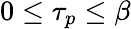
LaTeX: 0\leq\tau_{p}\leq\beta